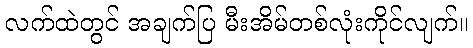
လက်ထဲတွင် အချက်ပြ မီးအိမ်တစ်လုံးကိုင်လျက်။